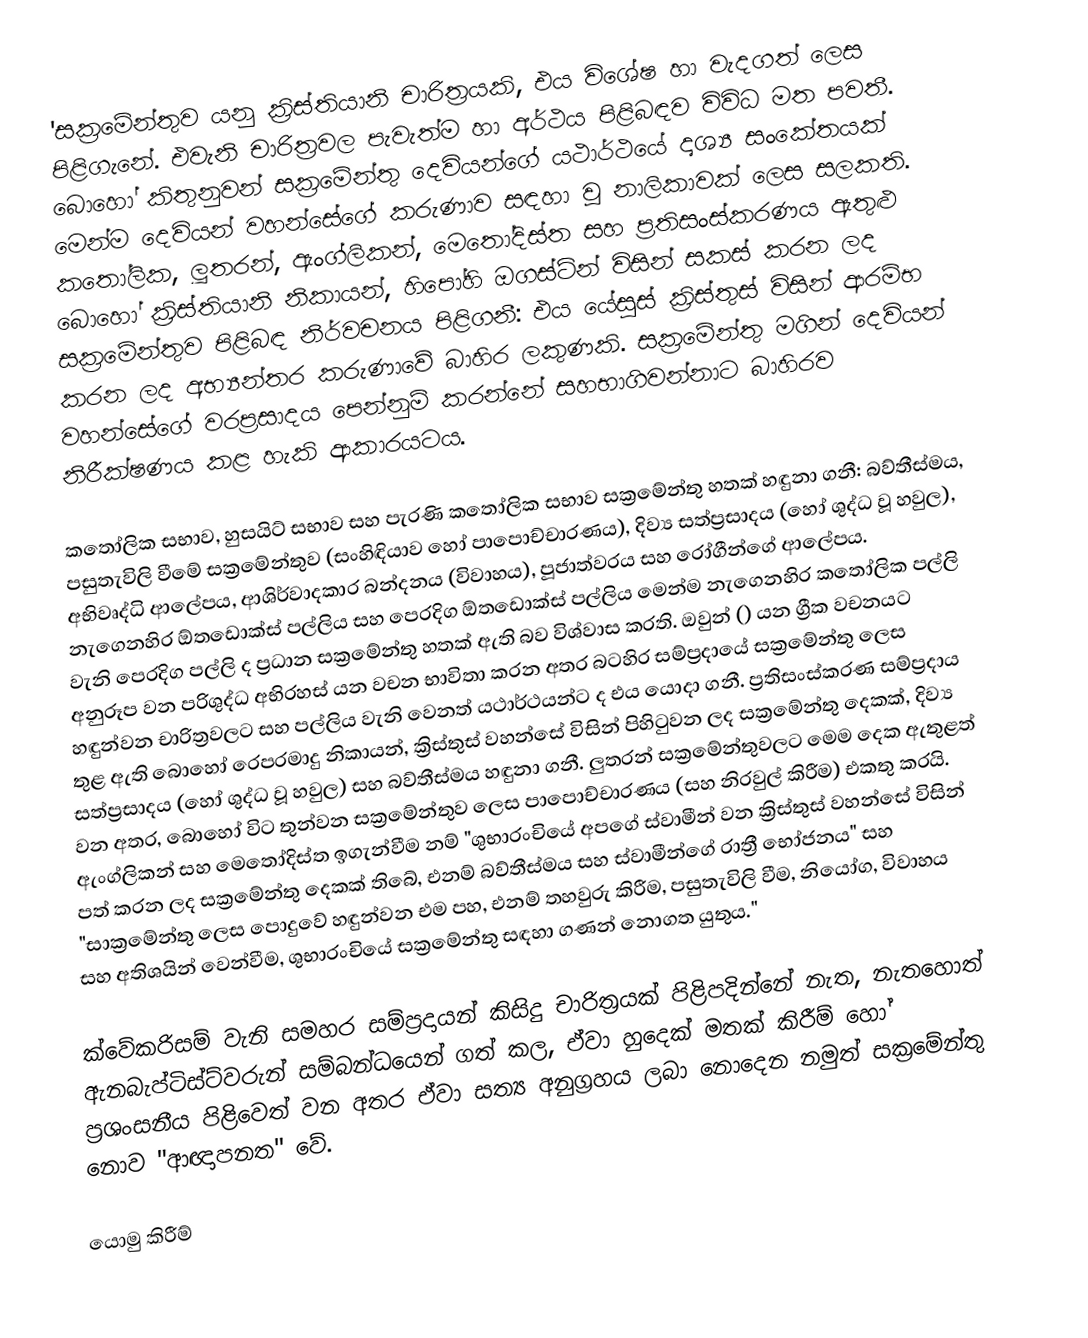
'සක්‍රමේන්තුව යනු ක්‍රිස්තියානි චාරිත්‍රයකි, එය විශේෂ හා වැදගත් ලෙස පිළිගැනේ. එවැනි චාරිත්‍රවල පැවැත්ම හා අර්ථය පිළිබඳව විවිධ මත පවතී. බොහෝ කිතුනුවන් සක්‍රමේන්තු දෙවියන්ගේ යථාර්ථයේ දෘශ්‍ය සංකේතයක් මෙන්ම දෙවියන් වහන්සේගේ කරුණාව සඳහා වූ නාලිකාවක් ලෙස සලකති. කතෝලික, ලූතරන්, ඇංග්ලිකන්, මෙතෝදිස්ත සහ ප්‍රතිසංස්කරණය ඇතුළු බොහෝ ක්‍රිස්තියානි නිකායන්, හිපෝහි ඔගස්ටින් විසින් සකස් කරන ලද සක්‍රමේන්තුව පිළිබඳ නිර්වචනය පිළිගනී: එය යේසුස් ක්‍රිස්තුස් විසින් ආරම්භ කරන ලද අභ්‍යන්තර කරුණාවේ බාහිර ලකුණකි. සක්‍රමේන්තු මගින් දෙවියන් වහන්සේගේ වරප්‍රසාදය පෙන්නුම් කරන්නේ සහභාගිවන්නාට බාහිරව නිරීක්ෂණය කළ හැකි ආකාරයටය.

කතෝලික සභාව, හුසයිට් සභාව සහ පැරණි කතෝලික සභාව සක්‍රමේන්තු හතක් හඳුනා ගනී: බව්තීස්මය, පසුතැවිලි වීමේ සක්‍රමේන්තුව (සංහිඳියාව හෝ පාපොච්චාරණය), දිව්‍ය සත්ප්‍රසාදය (හෝ ශුද්ධ වූ හවුල), අභිවෘද්ධි ආලේපය, ආශිර්වාදකාර බන්දනය (විවාහය), පූජාත්වරය සහ රෝගීන්ගේ ආලේපය. නැගෙනහිර ඕතඩොක්ස් පල්ලිය සහ පෙරදිග ඕතඩොක්ස් පල්ලිය මෙන්ම නැගෙනහිර කතෝලික පල්ලි වැනි පෙරදිග පල්ලි ද ප්‍රධාන සක්‍රමේන්තු හතක් ඇති බව විශ්වාස කරති. ඔවුන්  () යන ග්‍රීක වචනයට අනුරූප වන පරිශුද්ධ අභිරහස් යන වචන භාවිතා කරන අතර බටහිර සම්ප්‍රදායේ සක්‍රමේන්තු ලෙස හඳුන්වන චාරිත්‍රවලට සහ පල්ලිය වැනි වෙනත් යථාර්ථයන්ට ද එය යොදා ගනී. ප්‍රතිසංස්කරණ සම්ප්‍රදාය තුළ ඇති බොහෝ රෙපරමාදු නිකායන්, ක්‍රිස්තුස් වහන්සේ විසින් පිහිටුවන ලද සක්‍රමේන්තු දෙකක්, දිව්‍ය සත්ප්‍රසාදය (හෝ ශුද්ධ වූ හවුල) සහ බව්තීස්මය හඳුනා ගනී. ලුතරන් සක්‍රමේන්තුවලට මෙම දෙක ඇතුළත් වන අතර, බොහෝ විට තුන්වන සක්‍රමේන්තුව ලෙස පාපොච්චාරණය (සහ නිරවුල් කිරීම) එකතු කරයි. ඇංග්ලිකන් සහ මෙතෝදිස්ත ඉගැන්වීම නම් "ශුභාරංචියේ අපගේ ස්වාමීන් වන ක්‍රිස්තුස් වහන්සේ විසින් පත් කරන ලද සක්‍රමේන්තු දෙකක් තිබේ, එනම් බව්තීස්මය සහ ස්වාමීන්ගේ රාත්‍රී භෝජනය" සහ "සාක්‍රමේන්තු ලෙස පොදුවේ හඳුන්වන එම පහ, එනම් තහවුරු කිරීම, පසුතැවිලි වීම, නියෝග, විවාහය සහ අතිශයින් වෙන්වීම, ශුභාරංචියේ සක්‍රමේන්තු සඳහා ගණන් නොගත යුතුය."

ක්වේකරිසම් වැනි සමහර සම්ප්‍රදායන් කිසිදු චාරිත්‍රයක් පිළිපදින්නේ නැත, නැතහොත් ඇනබැප්ටිස්ට්වරුන් සම්බන්ධයෙන් ගත් කල, ඒවා හුදෙක් මතක් කිරීම් හෝ ප්‍රශංසනීය පිළිවෙත් වන අතර ඒවා සත්‍ය අනුග්‍රහය ලබා නොදෙන නමුත් සක්‍රමේන්තු නොව "ආඥාපනත" වේ.

යොමු කිරීම්